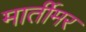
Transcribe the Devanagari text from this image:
मार्तीमर